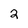
Character: 2